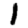
Digit: 1